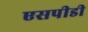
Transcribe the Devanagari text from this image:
एसपीडी